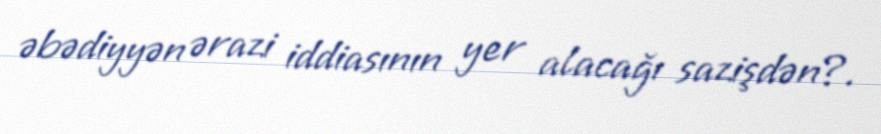
əbədiyyən ərazi iddiasının yer alacağı sazişdən?.